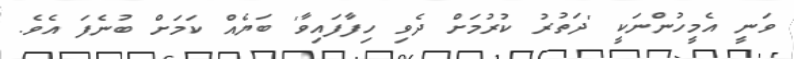
ވަނީ އެމީހުންނަކީ 'ދަތުރު ކުރުމަށް ދެވި ހިފާފައިވާ' ބަޔެއް ކަމަށް ބުނެފަ އެވެ.